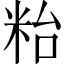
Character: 𥹋